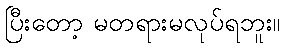
ပြီးတော့ မတရားမလုပ်ရဘူး။